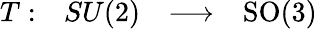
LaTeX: \begin{array}{lrcl}{T:}&{SU(2)}&{\longrightarrow}&{\mathrm{SO}(3)}\end{array}